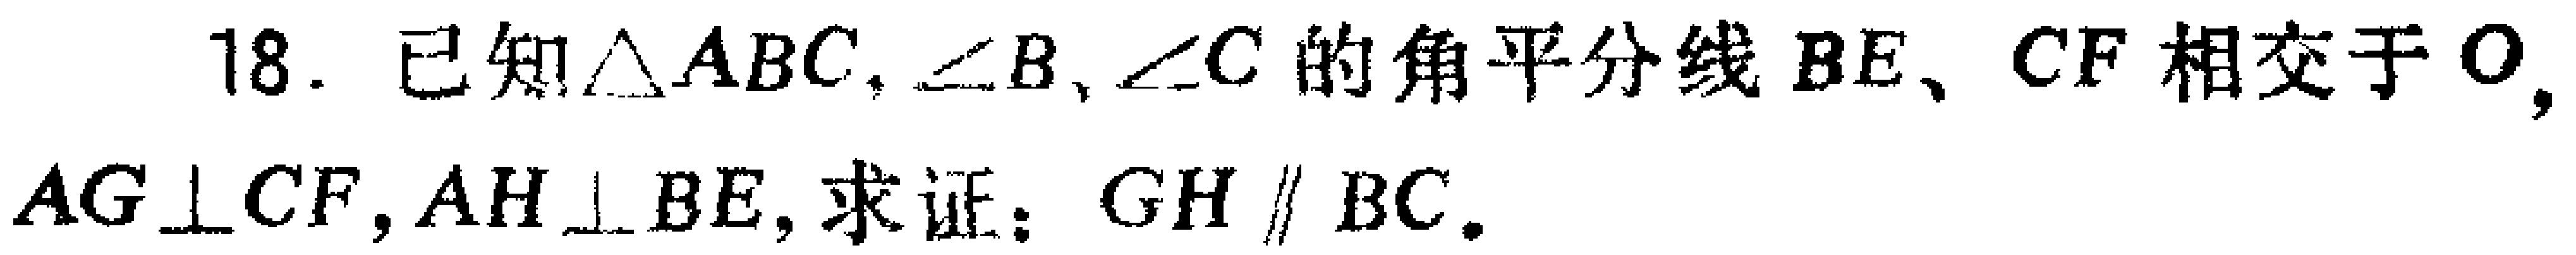
18. 已知$\triangle ABC$，$\angle B$、$\angle C$的角平分线$BE$、$CF$相交于$O$，$AG\perp CF$，$AH\perp BE$，求证：$GH\parallel BC$。